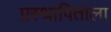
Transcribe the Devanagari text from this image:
प्रस्थापिताला